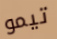
تيمو